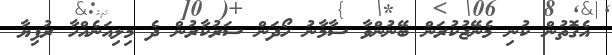
އެގޮތުން ކުނި މެނޭޖުކުރަން ބޭނުންވާ ސާމާނު ހޯދަން ސަރުކާރުން ދެ މިލިއަނެއްހާ ރުފިޔާ